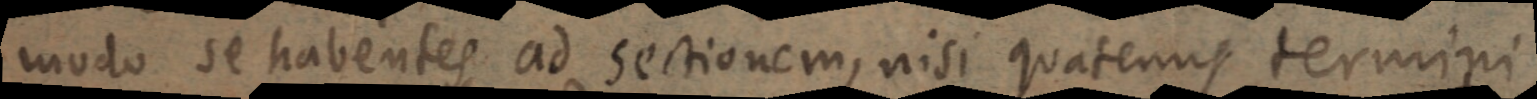
modo se habentes ad sectionem, nisi quatenus termini